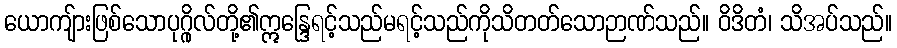
ယောကျ်ားဖြစ်သောပုဂ္ဂိုလ်တို့၏ဣန္ဒြေရင့်သည်မရင့်သည်ကိုသိတတ်သောဉာဏ်သည်။ ဝိဒိတံ၊ သိအပ်သည်။